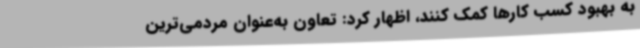
به بهبود کسب کارها کمک کنند، اظهار کرد: تعاون به‌عنوان مردمی‌ترین